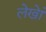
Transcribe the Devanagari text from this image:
लेखेां